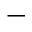
-